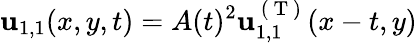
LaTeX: \mathbf{u}_{1,1}(x,y,t)=A(t)^{2}\mathbf{u}_{1,1}^{\mathrm{~(~T~)~}}(x-t,y)